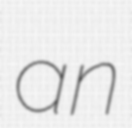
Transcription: an